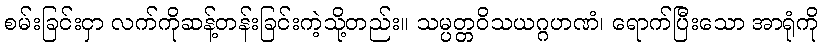
စမ်းခြင်းငှာ လက်ကိုဆန့်တန်းခြင်းကဲ့သို့တည်း။ သမ္ပတ္တဝိသယဂ္ဂဟဏံ၊ ရောက်ပြီးသော အာရုံကို